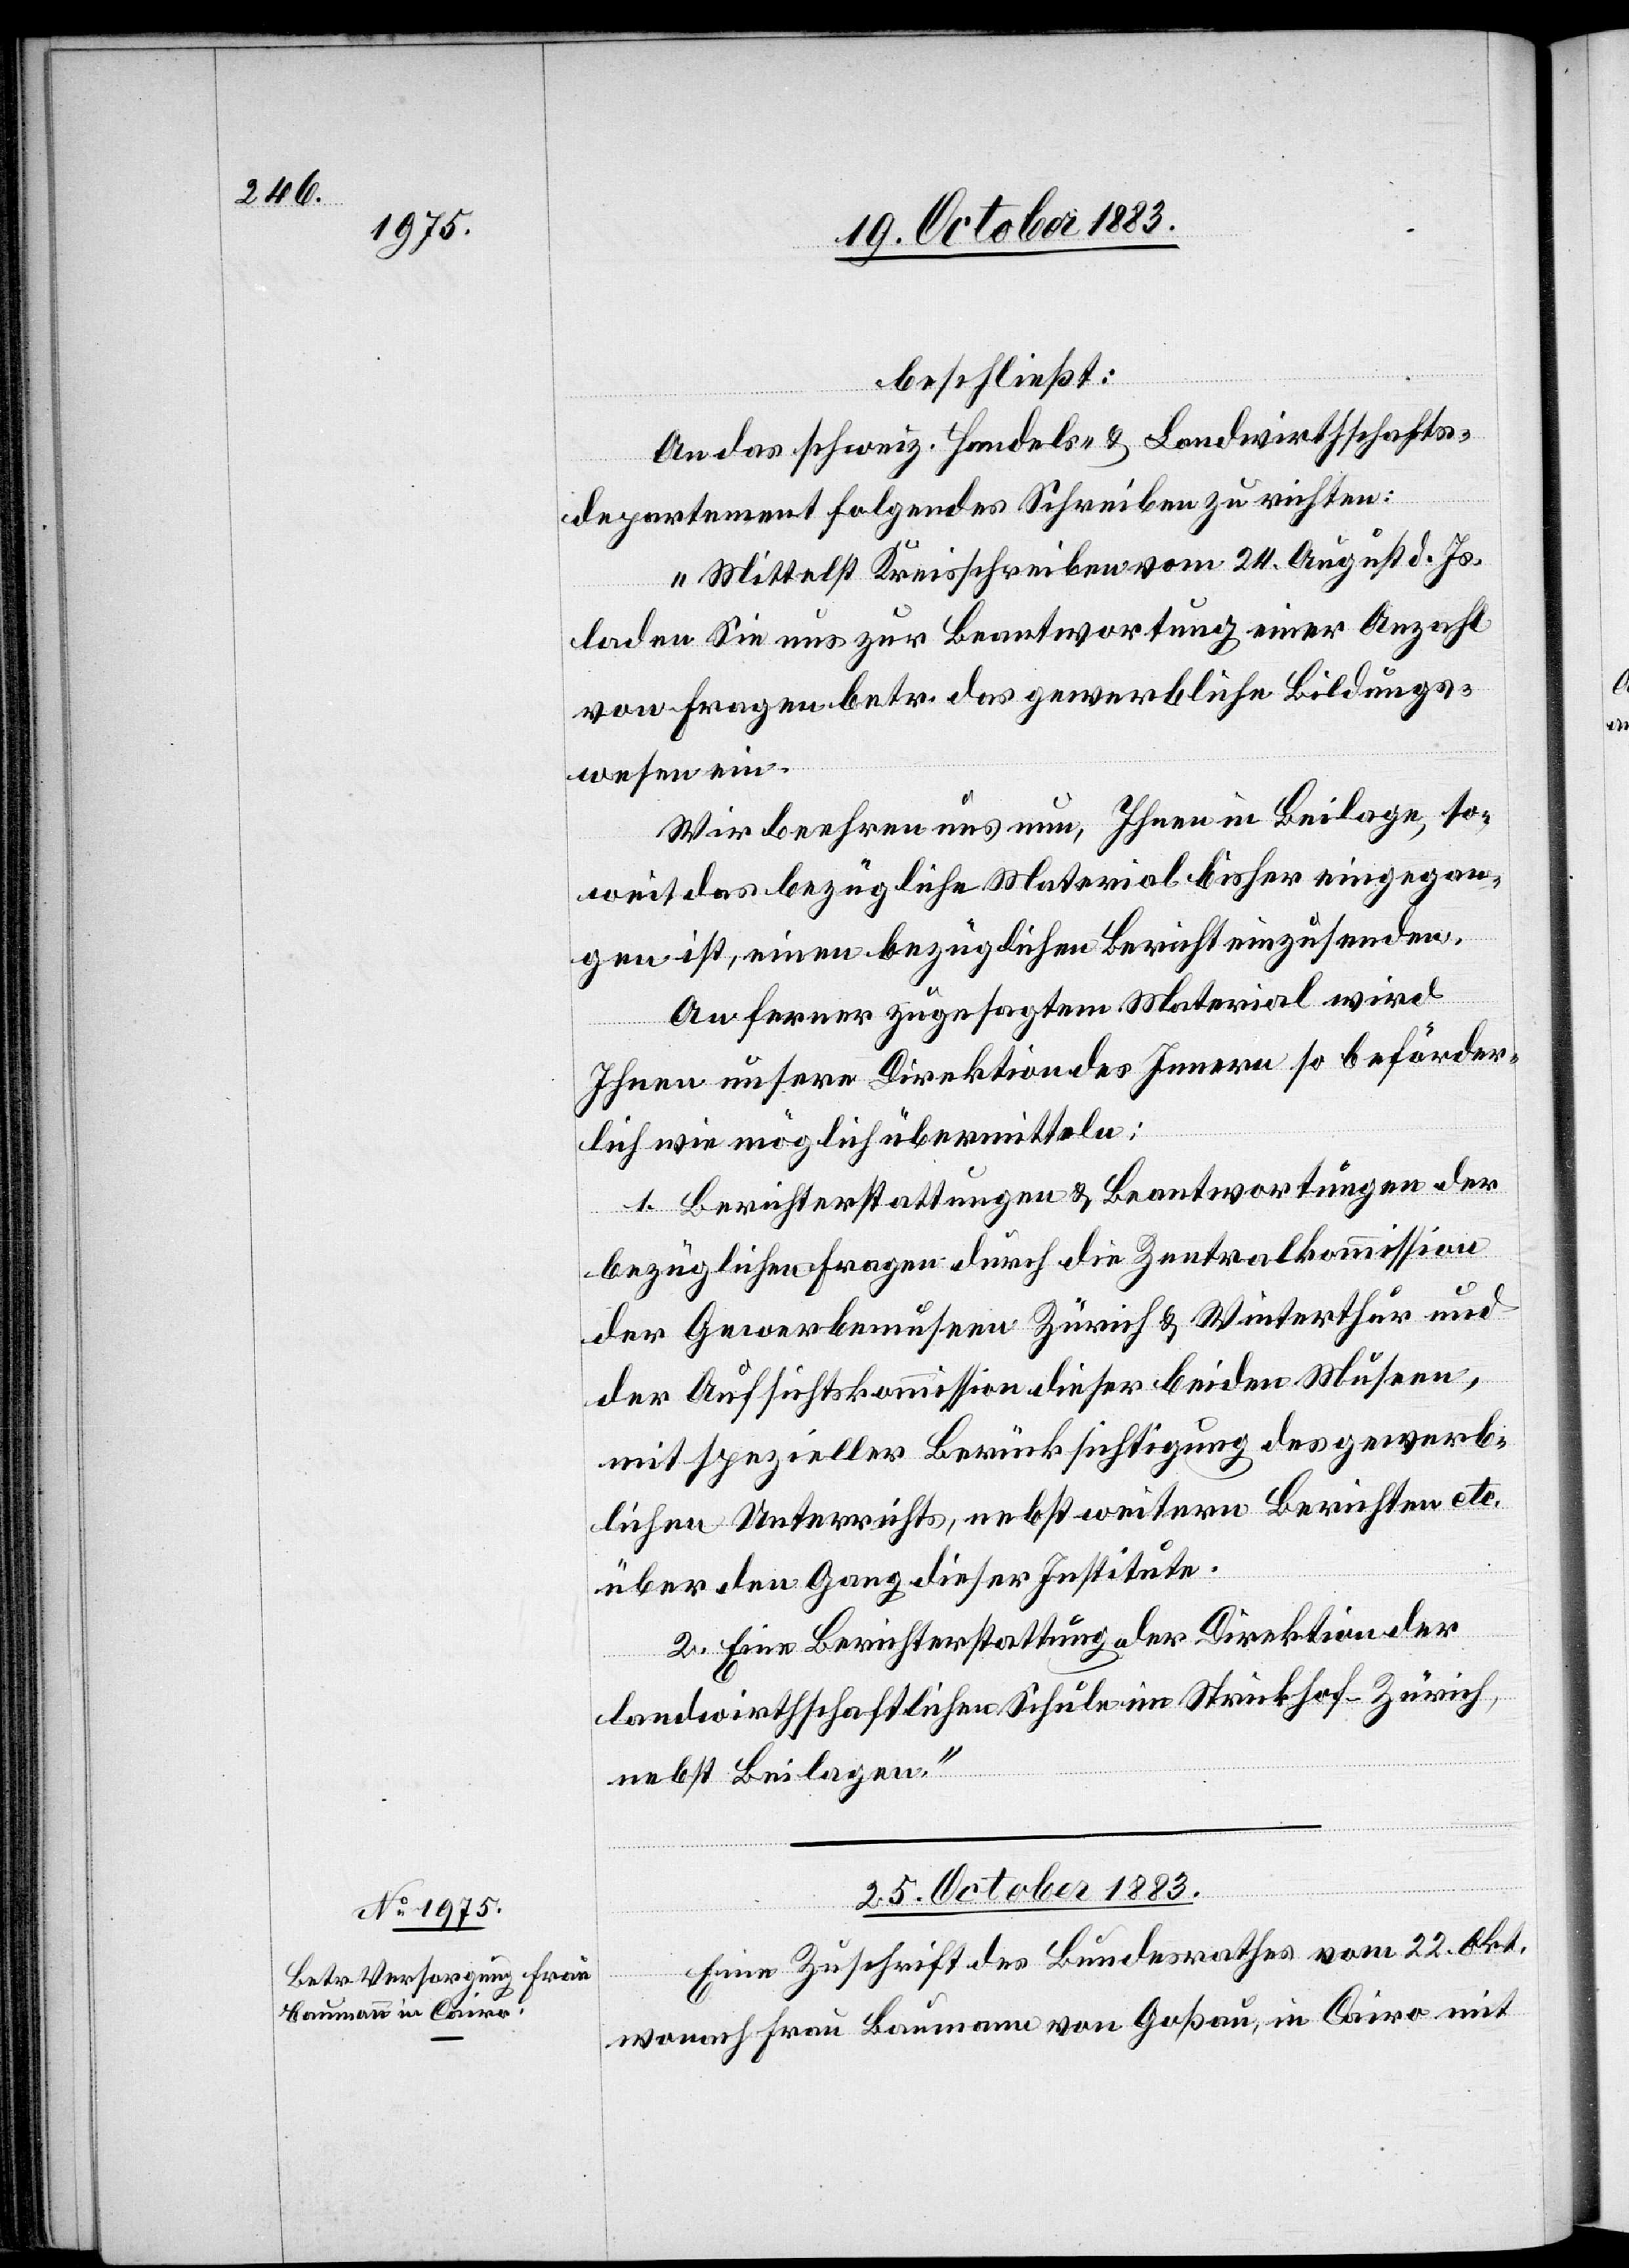
beschließt:
An das schweiz. Handels- & Landwirthschafts¬
departement folgendes Schreiben zu richten:
„Mittelst Kreisschreiben vom 24. August d. Js.
laden Sie uns zur Beantwortung einer Anzahl
von Fragen betr. das gewerbliche Bildungs¬
wesen ein.
Wir beehren uns nun, Ihnen in Beilage, so¬
weit das bezügliche Material bisher eingegan¬
gen ist, einen bezüglichen Bericht einzusenden.
An ferner zugesagtem Material wird
Ihnen unsere Direktion des Innern so beförder¬
lich wie möglich übermitteln:
1. Berichterstattungen & Beantwortungen der
bezüglichen Fragen durch die Zentralkommission
der Gewerbemuseen Zürich & Winterthur und
der Aufsichtskommission dieser beiden Museen,
mit spezieller Berücksichtigung des gewerb¬
lichen Unterrichts, nebst weitern Berichten etc.
über den Gang dieser Institute.
2. Eine Berichterstattung der Direktion der
landwirthschaftlichen Schule im Strickhof - Zürich,
nebst Beilagen.“
25. October 1883.
Eine Zuschrift des Bundesrathes vom 22. Okt.
wonach Frau Baumann von Goßau, in Cairo mit